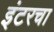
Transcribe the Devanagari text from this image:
इंटरचा